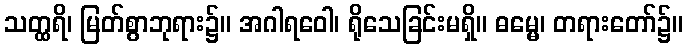
သတ္ထရိ၊ မြတ်စွာဘုရား၌။ အဂါရဝေါ၊ ရိုသေခြင်းမရှိ။ ဓမ္မေ၊ တရားတော်၌။